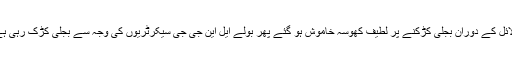
دلائل کے دوران بجلی کڑکنے پر لطیف کھوسہ خاموش ہو گئے پھر بولے ایل این جی جی سیکرٹریوں کی وجہ سے بجلی کڑک رہی ہے۔